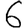
Digit: 6